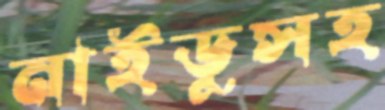
নাইডুসহ